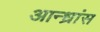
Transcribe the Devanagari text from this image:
आन्ध्रांस